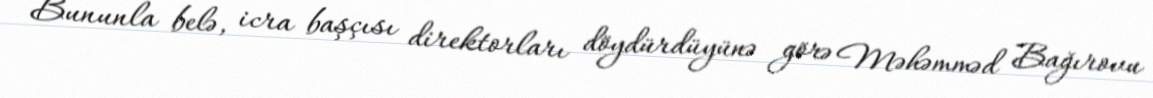
Bununla belə, icra başçısı direktorları döydürdüyünə görə Məhəmməd Bağırovu